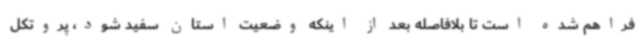
فراهم شده است تا بلافاصله بعد از اینکه وضعیت استان سفید شود، پروتکل